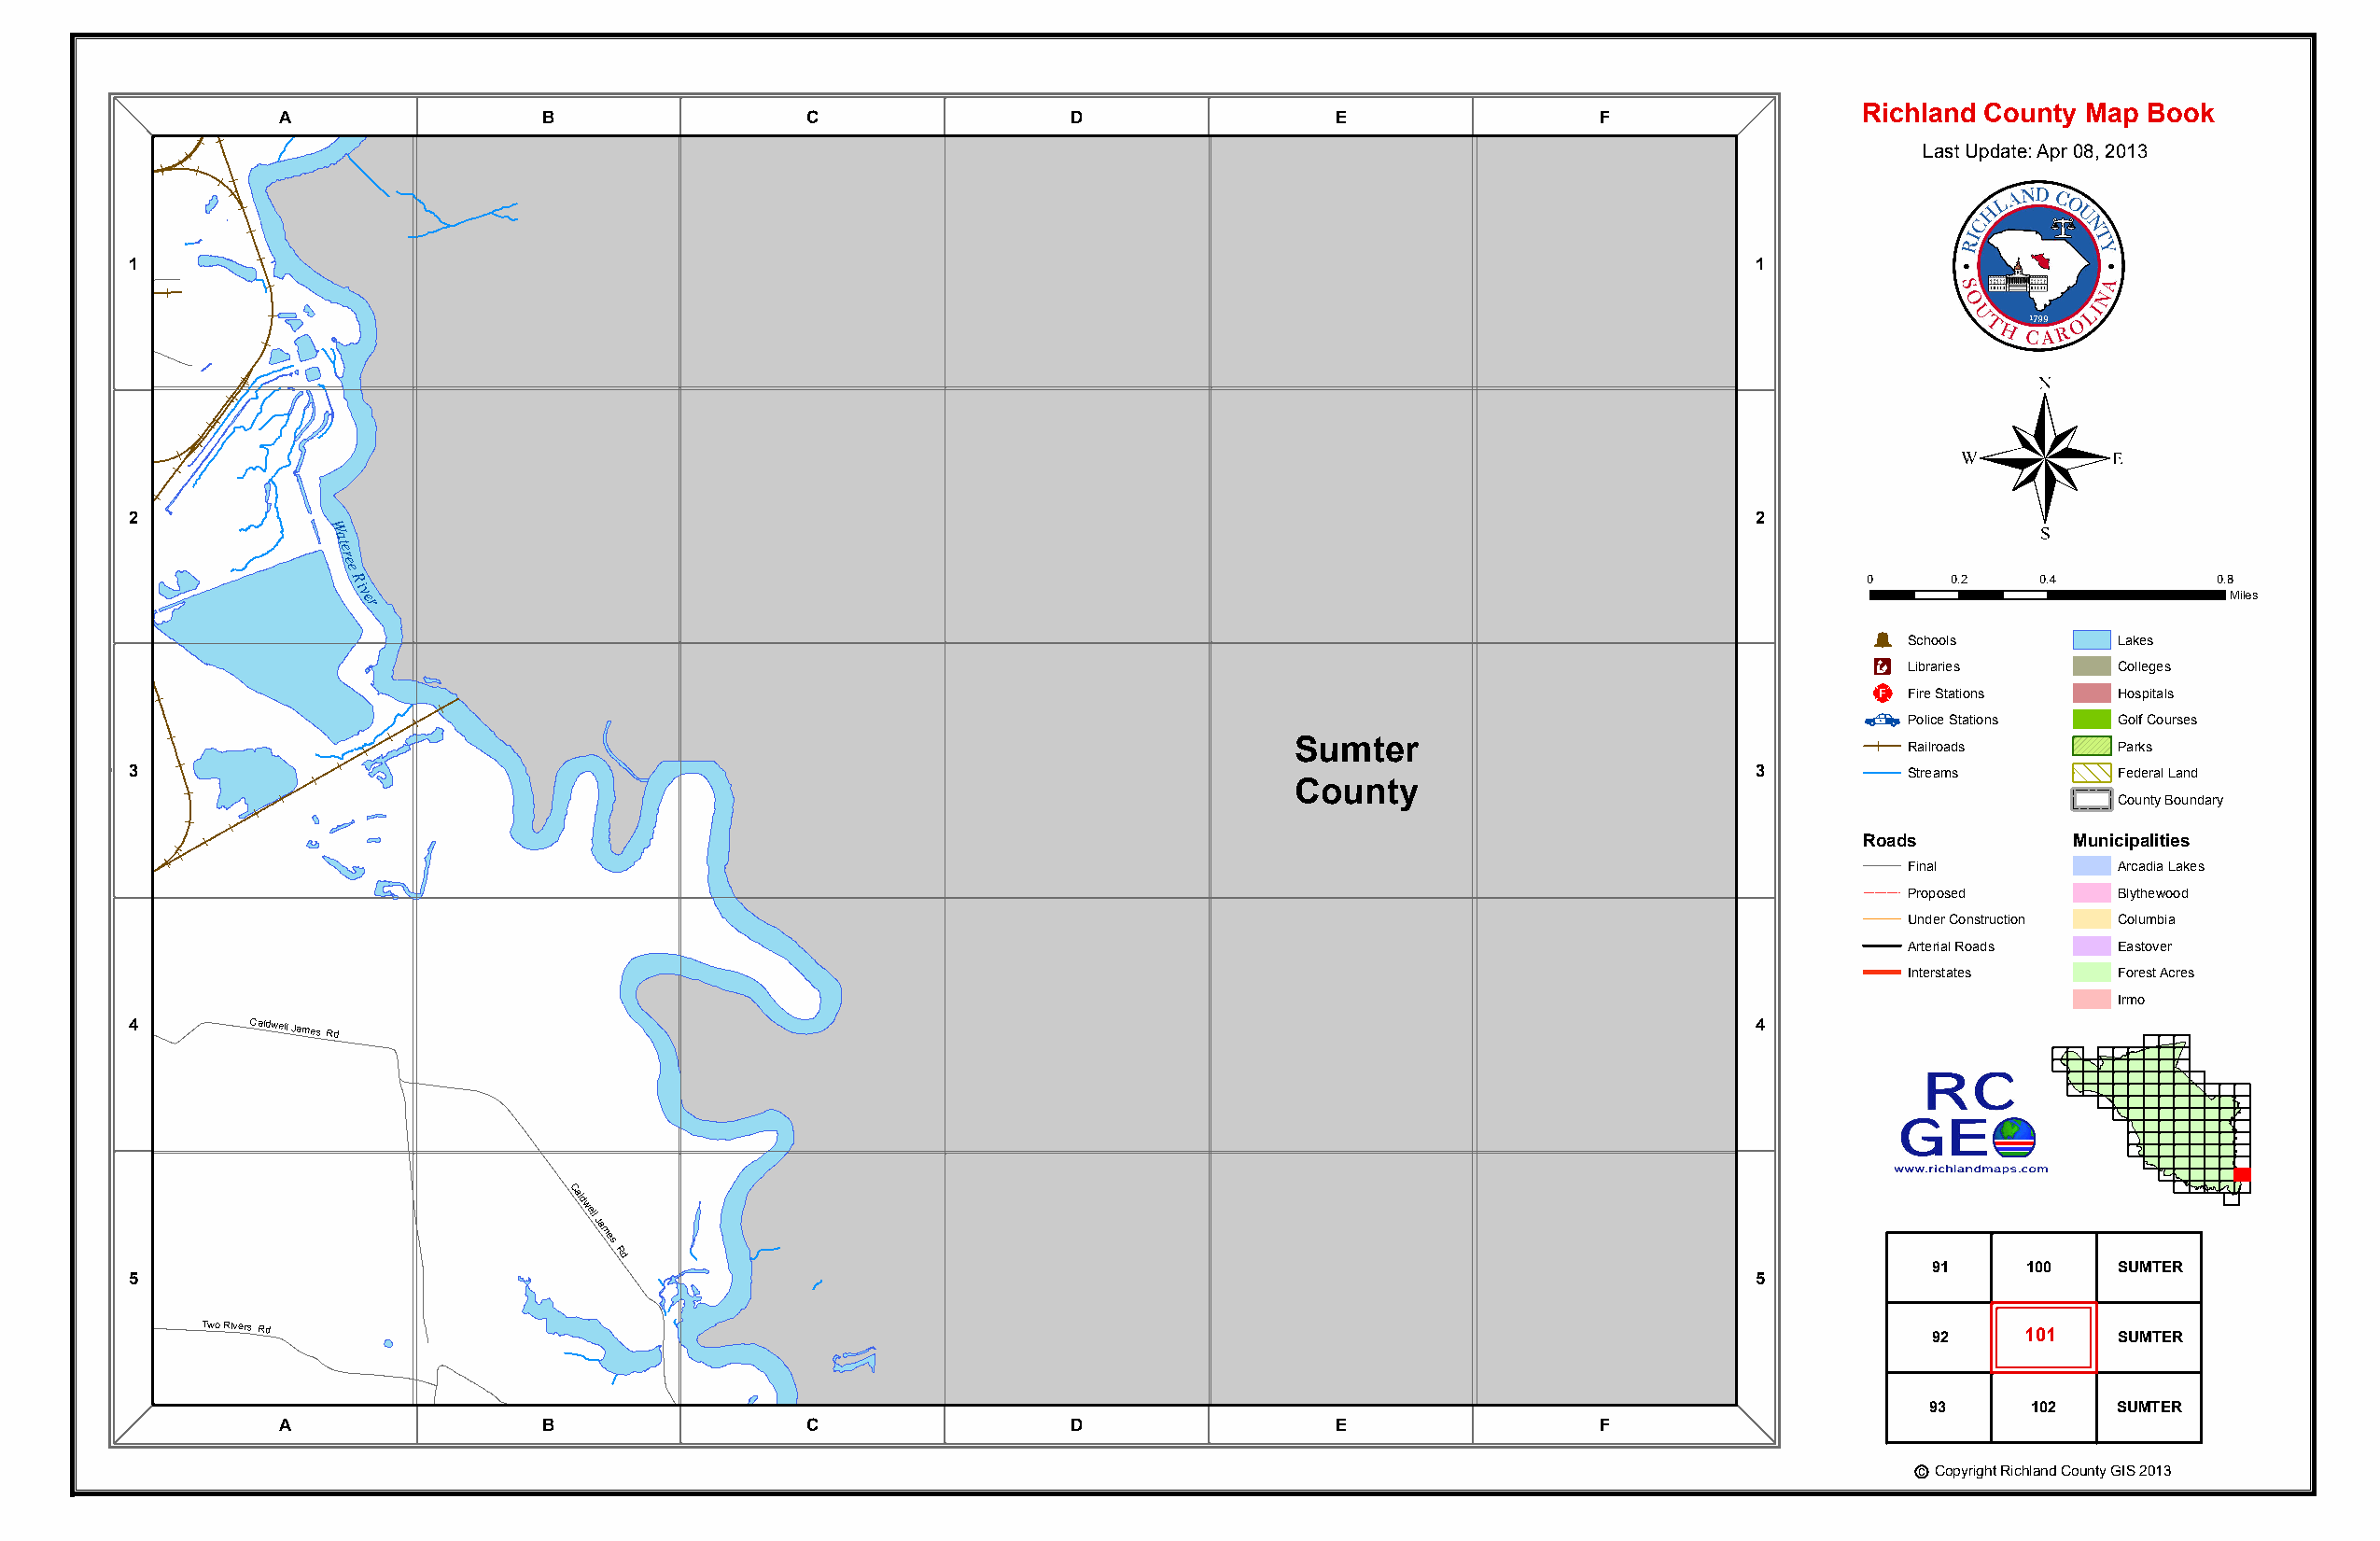
r
 e
 viR
 e
 e
 er
 A
 Wat
 B                  C                  D                  E                 F
 Richland County Map Book
 Last Update: Apr 08, 2013
 1                                                                                                                   1
 ®
 2                                                                                                                   2
 W
 a
 te
 re
 e
 R                                                                                                           0     0.2    0.4         0.8
 i
 v er                                                                                                                                 Miles
 Þ
 Schools        Lakes
 Æc
 Libraries      Colleges
 _¨
 Fire Stations  Hospitals
 Police Stations Golf Courses
 Sumter                                     Railroads      Parks
 3                                                                                                                   3         Streams        Federal Land
 County
 County Boundary
 Roads          Municipalities
 Final          Arcadia Lakes
 Proposed       Blythewood
 Under Construction Columbia
 Caldwell
 James
 Rd
 Arterial Roads Eastover
 Interstates    Forest Acres
 Irmo
 4        Caldwell James Rd                                                                                          4
 Cald
 well
 Ja
 mes
 Rd
 91     100   SUMTER
 5                                                                                                                   5
 Two
 Rivers Rd
 Two Rivers Rd                                                                                                              92     101   SUMTER
 93     102   SUMTER
 A                 B                  C                  D                  E                 F
 c Copyright Richland County GIS 2013